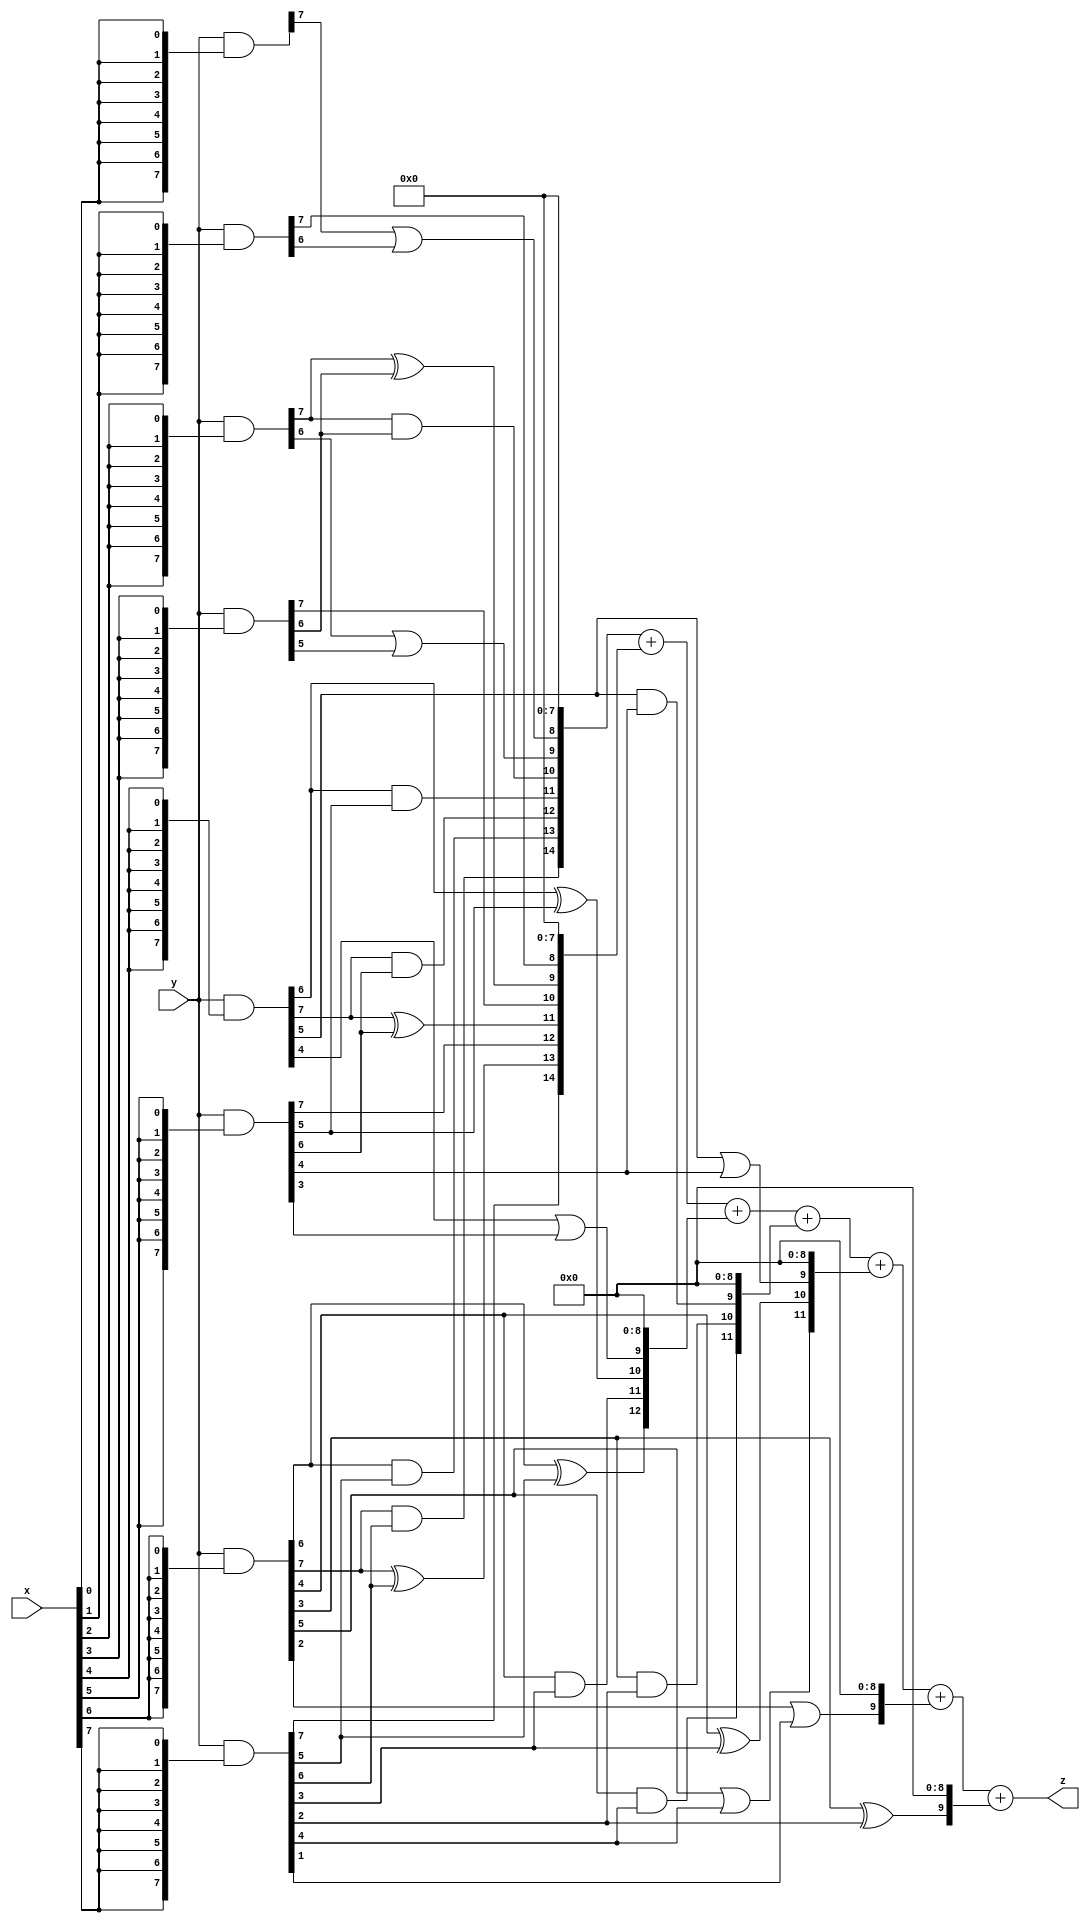
// terms: 26
// fval:  457534.25

module unsigned_8x8_l8_lamb15000_6 (
	input [7:0] x,
	input [7:0] y,
	output [15:0] z
);


wire [7:0] part1 =  y & {8{x[0]}};
wire [7:0] part2 =  y & {8{x[1]}};
wire [7:0] part3 =  y & {8{x[2]}};
wire [7:0] part4 =  y & {8{x[3]}};
wire [7:0] part5 =  y & {8{x[4]}};
wire [7:0] part6 =  y & {8{x[5]}};
wire [7:0] part7 =  y & {8{x[6]}};
wire [7:0] part8 =  y & {8{x[7]}};

wire [14:0] new_part1;
assign new_part1[0] = 0;
assign new_part1[1] = 0;
assign new_part1[2] = 0;
assign new_part1[3] = 0;
assign new_part1[4] = 0;
assign new_part1[5] = 0;
assign new_part1[6] = 0;
assign new_part1[7] = 0;
assign new_part1[8] = part1[7] | part2[6];
assign new_part1[9] = part3[6] | part4[5];
assign new_part1[10] = part3[7] & part4[6];
assign new_part1[11] = part5[6] & part6[5];
assign new_part1[12] = part5[7] & part6[6];
assign new_part1[13] = part7[6] & part8[5];
assign new_part1[14] = part7[7] & part8[6];

wire [14:0] new_part2;
assign new_part2[0] = 0;
assign new_part2[1] = 0;
assign new_part2[2] = 0;
assign new_part2[3] = 0;
assign new_part2[4] = 0;
assign new_part2[5] = 0;
assign new_part2[6] = 0;
assign new_part2[7] = 0;
assign new_part2[8] = part2[7];
assign new_part2[9] = part3[7] ^ part4[6];
assign new_part2[10] = part4[7];
assign new_part2[11] = part5[7] ^ part6[6];
assign new_part2[12] = part6[7];
assign new_part2[13] = part7[7] ^ part8[6];
assign new_part2[14] = part8[7];

wire [12:0] new_part3;
assign new_part3[0] = 0;
assign new_part3[1] = 0;
assign new_part3[2] = 0;
assign new_part3[3] = 0;
assign new_part3[4] = 0;
assign new_part3[5] = 0;
assign new_part3[6] = 0;
assign new_part3[7] = 0;
assign new_part3[8] = 0;
assign new_part3[9] = part5[4] | part6[3];
assign new_part3[10] = part5[6] ^ part6[5];
assign new_part3[11] = part7[4] & part8[3];
assign new_part3[12] = part7[6] ^ part8[5];

wire [11:0] new_part4;
assign new_part4[0] = 0;
assign new_part4[1] = 0;
assign new_part4[2] = 0;
assign new_part4[3] = 0;
assign new_part4[4] = 0;
assign new_part4[5] = 0;
assign new_part4[6] = 0;
assign new_part4[7] = 0;
assign new_part4[8] = 0;
assign new_part4[9] = part5[5] & part6[4];
assign new_part4[10] = part7[3] & part8[2];
assign new_part4[11] = part7[5] & part8[4];

wire [11:0] new_part5;
assign new_part5[0] = 0;
assign new_part5[1] = 0;
assign new_part5[2] = 0;
assign new_part5[3] = 0;
assign new_part5[4] = 0;
assign new_part5[5] = 0;
assign new_part5[6] = 0;
assign new_part5[7] = 0;
assign new_part5[8] = 0;
assign new_part5[9] = part5[5] | part6[4];
assign new_part5[10] = part7[4] ^ part8[3];
assign new_part5[11] = part7[5] | part8[4];

wire [9:0] new_part6;
assign new_part6[0] = 0;
assign new_part6[1] = 0;
assign new_part6[2] = 0;
assign new_part6[3] = 0;
assign new_part6[4] = 0;
assign new_part6[5] = 0;
assign new_part6[6] = 0;
assign new_part6[7] = 0;
assign new_part6[8] = 0;
assign new_part6[9] = part7[2] | part8[1];

wire [9:0] new_part7;
assign new_part7[0] = 0;
assign new_part7[1] = 0;
assign new_part7[2] = 0;
assign new_part7[3] = 0;
assign new_part7[4] = 0;
assign new_part7[5] = 0;
assign new_part7[6] = 0;
assign new_part7[7] = 0;
assign new_part7[8] = 0;
assign new_part7[9] = part7[3] ^ part8[2];

assign z = new_part1 + new_part2 + new_part3 + new_part4 + new_part5 + new_part6 + new_part7;
endmodule